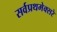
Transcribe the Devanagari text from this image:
सर्वप्रथमेक्सरे